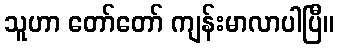
သူဟာ တော်တော် ကျန်းမာလာပါပြီ။